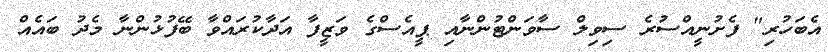
އެބަހުރި" ފެށުނީއްސުރެ ސިވިލް ސާވަންޓުންނާއި ޕީއެސްގެ ވަޒީފާ އަދާކުރައްވާ ބޭފުޅުންނާ މެދު ބައެއް